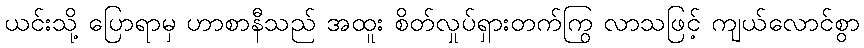
ယင်းသို့ ပြောရာမှ ဟာစာနီသည် အထူး စိတ်လှုပ်ရှားတက်ကြွ လာသဖြင့် ကျယ်လောင်စွာ